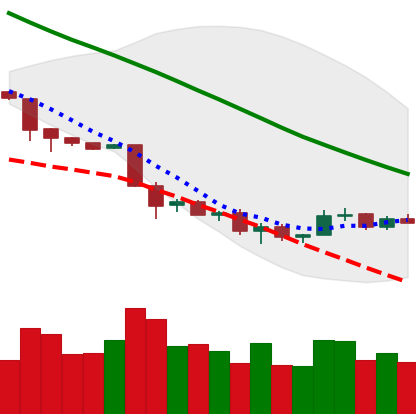
Ticker: NEO-USD
Chart end date: 2018-12-02
Forward return: -23.63%
Label: down_7plus